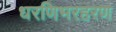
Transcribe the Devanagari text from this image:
धरणिभरहरण